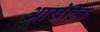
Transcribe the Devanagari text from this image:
आखेटिक